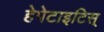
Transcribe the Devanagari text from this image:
हेपेटाइटिस्